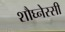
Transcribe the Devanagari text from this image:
शौघ्नेस्सी